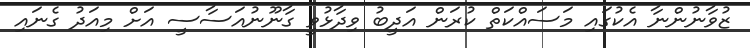
ޒުވާނުންނާ އެކުގައި މަސައްކަތް ކުރަން އަދީބު ވިދާޅުވީ ގާނޫނުއަސާސީ އަށް މިއަދު ގެނައި